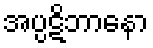
အပ္ပဋိဘာနော